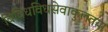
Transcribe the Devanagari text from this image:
विविधविधसेवाकुलतया